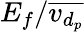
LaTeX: E_{f}/\overline{{v_{d_{p}}}}